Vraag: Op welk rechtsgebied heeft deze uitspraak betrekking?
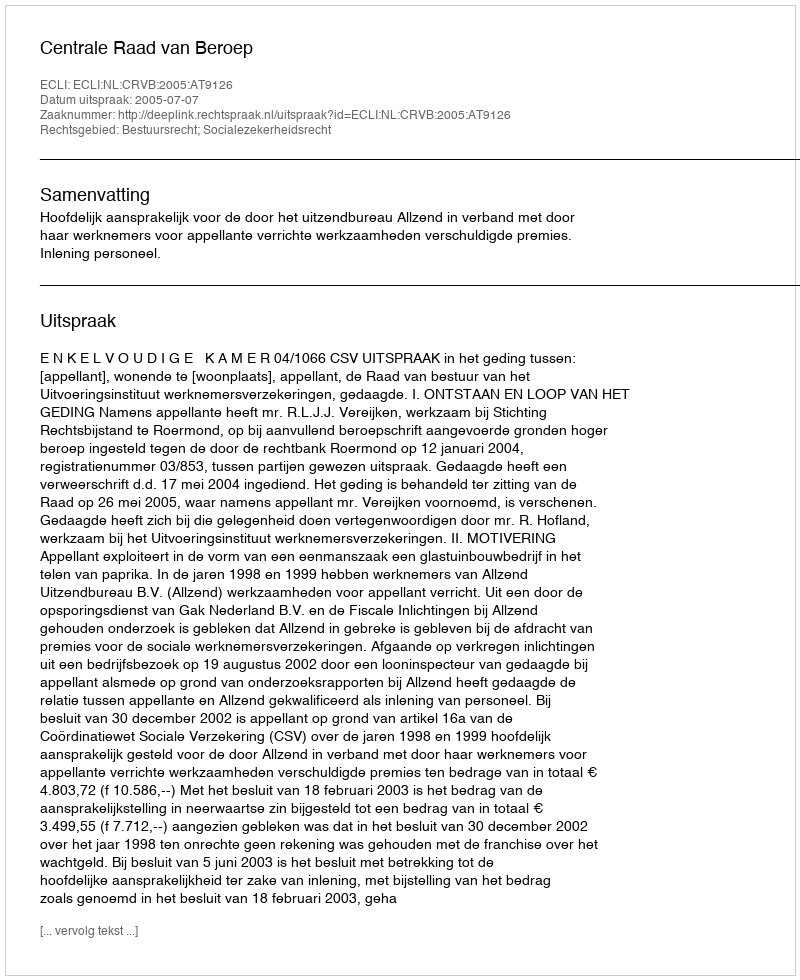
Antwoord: Bestuursrecht; Socialezekerheidsrecht